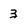
Character: 3